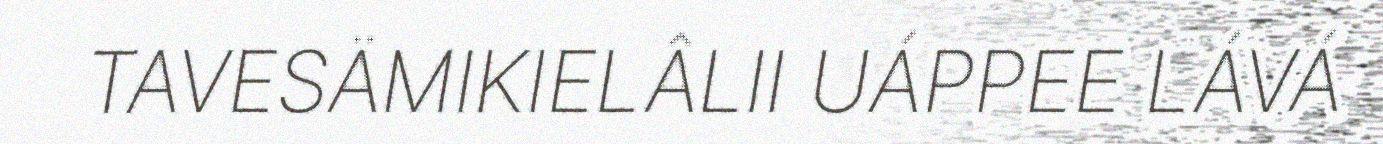
TAVESÄMIKIELÂLII UÁPPEE LÁVÁ